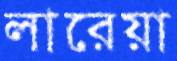
লারেয়া